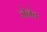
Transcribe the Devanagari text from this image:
जेनेव